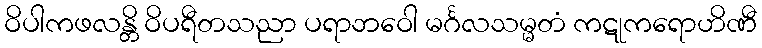
ဝိပါကဖလန္တိ ဝိပရီတသညာ ပရာဘဝေါ မင်္ဂလသမ္မတံ ကဋုကရောဟိဏီ